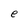
Character: e